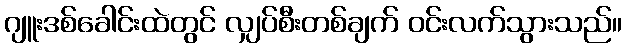
ဂျူးဒစ်ခေါင်းထဲတွင် လျှပ်စီးတစ်ချက် ဝင်းလက်သွားသည်။